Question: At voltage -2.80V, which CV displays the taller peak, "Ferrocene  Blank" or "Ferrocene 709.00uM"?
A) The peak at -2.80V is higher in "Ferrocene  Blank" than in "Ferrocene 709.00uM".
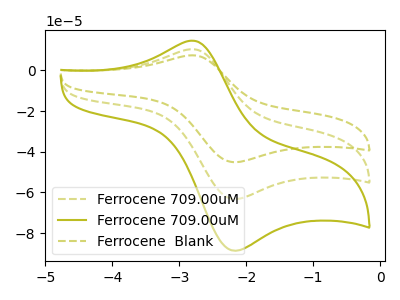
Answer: <think>The olive dashed curve "Ferrocene 709.00uM" has an anodic peak at (-2.80V, 10.45uA) and a cathodic peak at (-2.20V, -63.25uA). The olive curve "Ferrocene 709.00uM" has an anodic peak at (-2.80V, 14.65uA) and a cathodic peak at (-2.20V, -88.65uA). The olive dashed curve "Ferrocene  Blank" has an anodic peak at (-2.80V, 20.90uA) and a cathodic peak at (-2.20V, -126.50uA).</think>
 <answer>A) The peak at -2.80V is higher in "Ferrocene  Blank" than in "Ferrocene 709.00uM".</answer>
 <eval>A</eval>